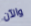
والآن